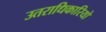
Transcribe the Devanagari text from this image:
उतराधिकारियो